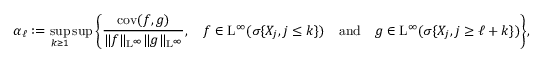
\alpha _ { \ell } : = \operatorname* { s u p } _ { k \geq 1 } \operatorname* { s u p } \bigg \{ \frac { \mathrm { c o v } ( f , g ) } { \| f \| _ { \mathrm { L } ^ { \infty } } \| g \| _ { \mathrm { L } ^ { \infty } } } , \quad f \in \mathrm { L } ^ { \infty } ( \sigma \{ X _ { j } , j \leq k \} ) \quad \mathrm { a n d } \quad g \in \mathrm { L } ^ { \infty } ( \sigma \{ X _ { j } , j \geq \ell + k \} ) \bigg \} ,